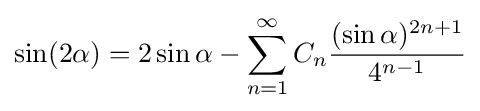
\sin(2\alpha )=2\sin \alpha -\sum _{n=1}^{\infty }C_{n}{\frac {(\sin \alpha )^{2n+1}}{4^{n-1}}}